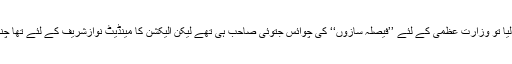
آئی جے آئی نے الیکشن جیت لیا تو وزارتِ عظمیٰ کے لئے ’’فیصلہ سازوں‘‘ کی چوائس جتوئی صاحب ہی تھے لیکن الیکشن کا مینڈیٹ نوازشریف کے لئے تھا چنانچہ عوام کا فیصلہ غالب رہا۔